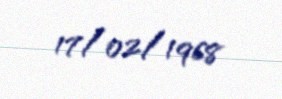
17/02/1968